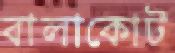
বালাকোট